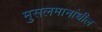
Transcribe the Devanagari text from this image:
मुसलमानांधील